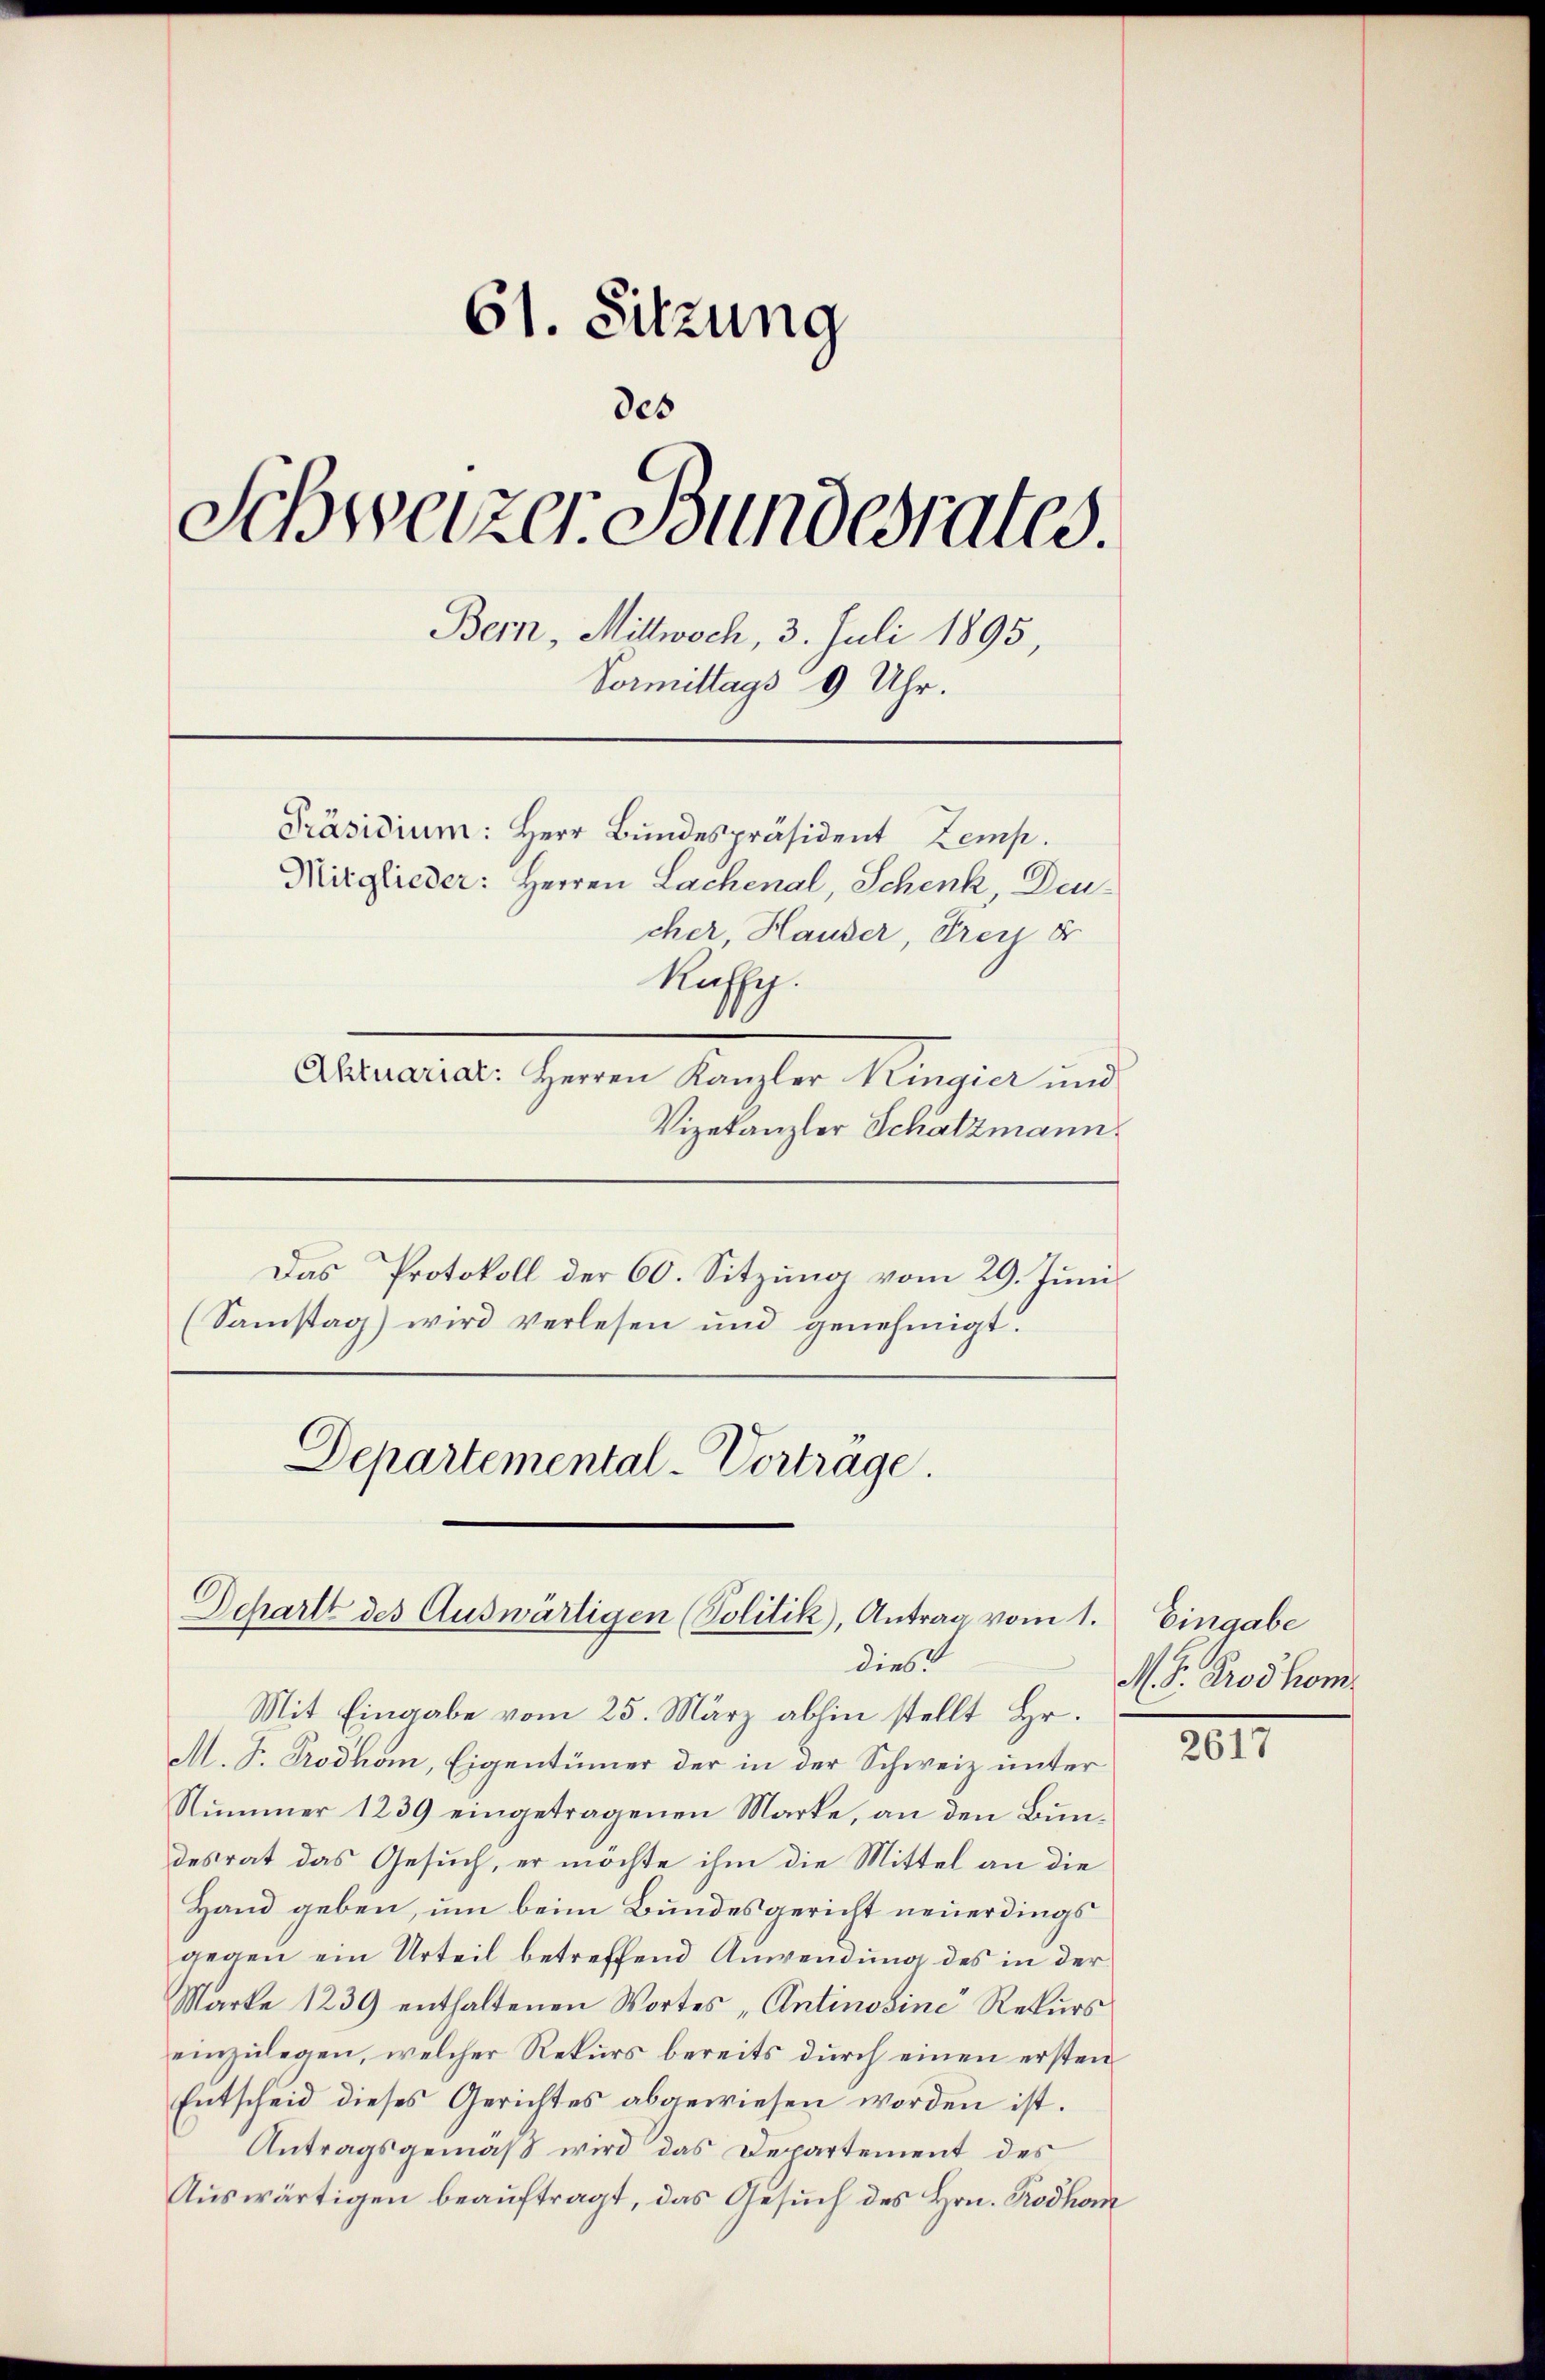
61. Sitzung
des
Schweizer Bundesrates.
Bern, Mittwoch, 3. Juli 1895,
Vormittags 9 Uhr.
Präsidium: Herr Bundespräsident Zemp.
Mitglieder: Herren Lachenal, Schenk, Deucher, Hauser, Frey er
Kaffe.

Aktuariar: Herren Kanzler Kingier und
Vizekanzler Schatzmann
Das Protokoll der 60. Sitzung vom 29. Juni
(Samstag) wird verlesen und genehmigt.
Departemental-Vortrage.

Dchartt des Auswärtigen (Politik, Antrag vom 1.
dies

Mit Eingabe vom 25. März abhin stellt Hr.
M. J. Prodhom, Eigentümer der in der Schweiz unter
Nummer 1239 eingetragenen Marke, an den Bundesrat das Gesuch, er möchte ihm die Mittel an die
Hand geben, um beim Bundesgericht neuerdings
gegen ein Urteil betreffend Anwendung des in der
Marke 1239 enthaltenen Wortes „Antinosine Rekurs
einzulegen, welcher Rekurs bereits durch einen ersten
Entscheid dieses Gerichtes abgewiesen worden ist.
Antragsgemäß wird das Departement des
Auswärtigen beauftragt, das Gesuch des Hrn. Prodhom

Eingabe
M. D. Prothom

2617